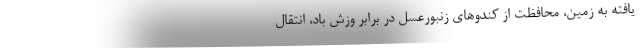
یافته به زمین، محافظت از کندوهای زنبورعسل در برابر وزش باد، انتقال